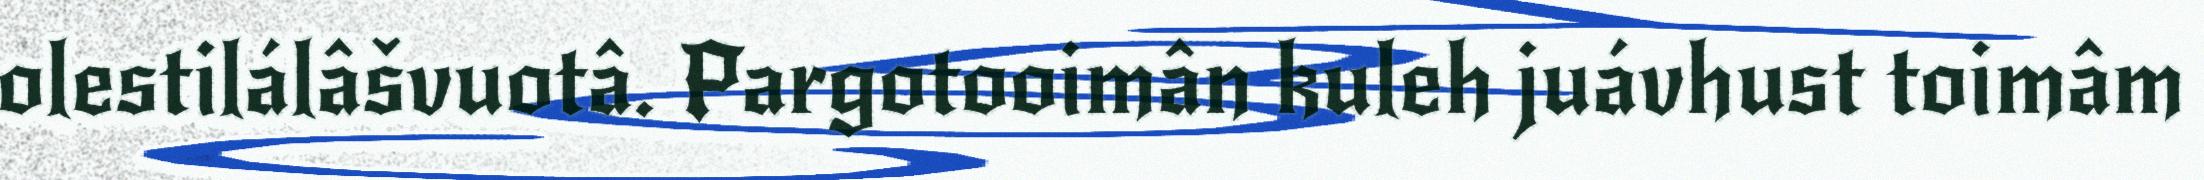
olestilálâšvuotâ. Pargotooimân kuleh juávhust toimâm